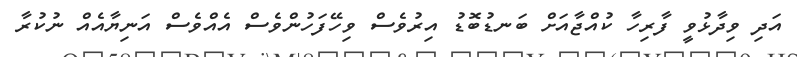
އަދި ވިދާޅުވީ ފާރިހާާ ކުއްޖާއަށް ބަނޑުބޮޑު އިރުވެސް ވިހޭފަހުންވެސް އެއްވެސް އަނިޔާއެއް ނުކުރާ